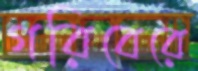
গরিবেরে